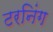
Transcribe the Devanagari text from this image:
टरनिंग